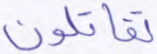
تقاتلون